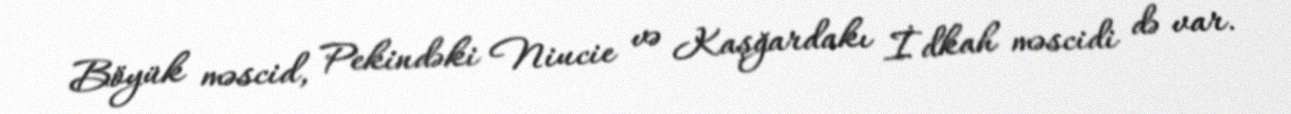
Böyük məscid, Pekindəki Niucie və Kaşğardakı İdkah məscidi də var.